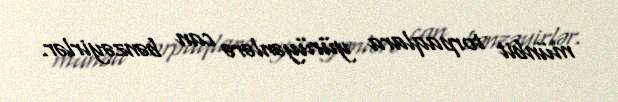
münbit torpaqlara yürüyənlərə can bənzəyirlər.